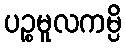
ပဉ္စမူလကမ္ပိ